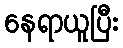
နေရာယူပြီး